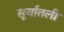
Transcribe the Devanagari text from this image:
सूर्यातली